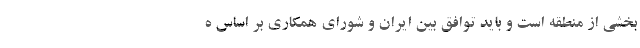
بخشی از منطقه است و باید توافق بین ایران و شورای همکاری بر اساس ه